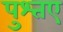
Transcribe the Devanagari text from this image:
पुश्तए